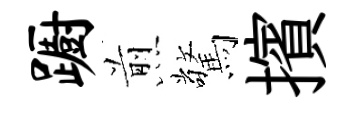
蹰煎驚擯